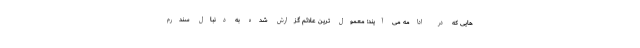
هایی که در ادامه می آیند؛ معمول ترین علائم گزارش شده به دنبال سندرم